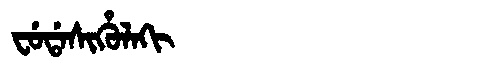
Manchu: ᠸᡠᡩᠠᠰᡳᡥᡠᠯᠠᡴᡳ
Romanization: FUDASIHULAKI